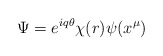
\begin{align*}\Psi=e^{iq\theta}\chi(r)\psi(x^\mu)\end{align*}